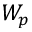
W _ { p }